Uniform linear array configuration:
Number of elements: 12
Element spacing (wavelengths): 0.5
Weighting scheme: blackman
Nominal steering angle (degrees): -45
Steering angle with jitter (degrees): -46.768
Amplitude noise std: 0.05
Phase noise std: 0.05

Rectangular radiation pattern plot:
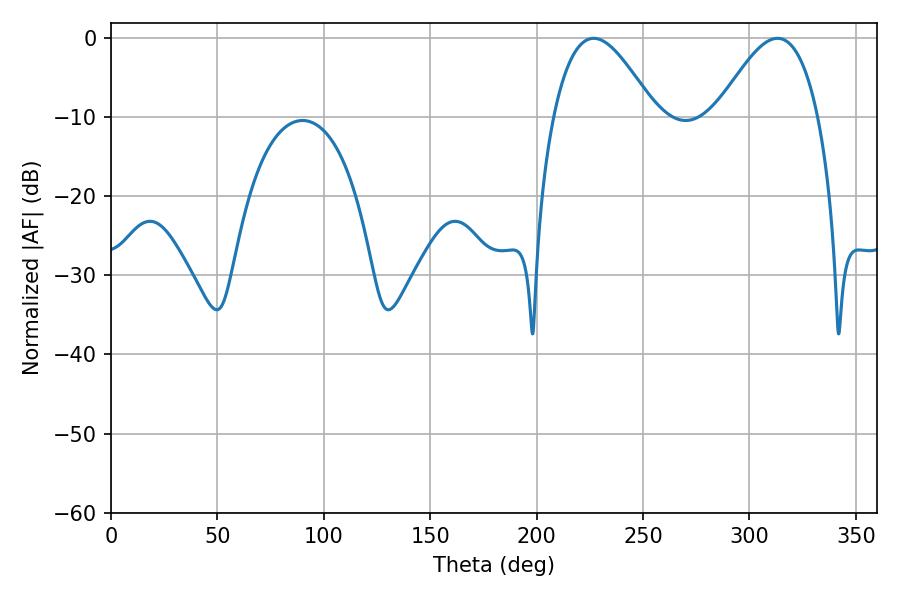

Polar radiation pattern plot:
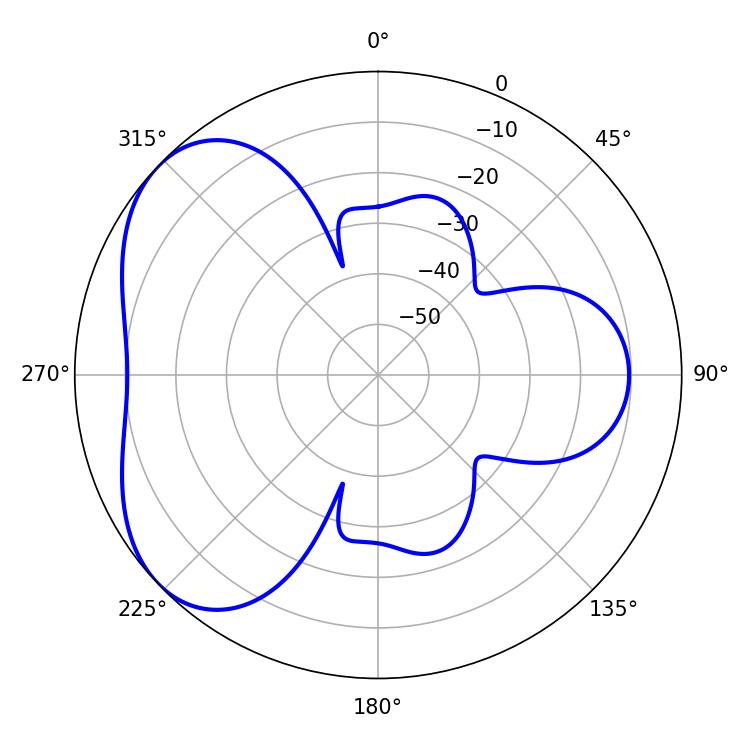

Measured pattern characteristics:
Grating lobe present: FALSE
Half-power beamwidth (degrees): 25.74
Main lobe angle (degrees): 226.8